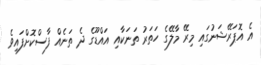
އެ އޮޕަރޭޝަނުގައި މިރޭ މާލޭގެ ހަތަރު ތަނަކާއި އައްޑޫގެ ދެ ތަނެއް ފާސްކޮށްފައިވެ